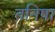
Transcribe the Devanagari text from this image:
तनिषा